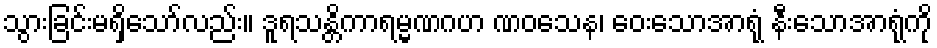
သွားခြင်းမရှိသော်လည်း။ ဒူရသန္တိကာရမ္မဏဂဟ ဏဝသေန၊ ဝေးသောအာရုံ နီးသောအာရုံကို